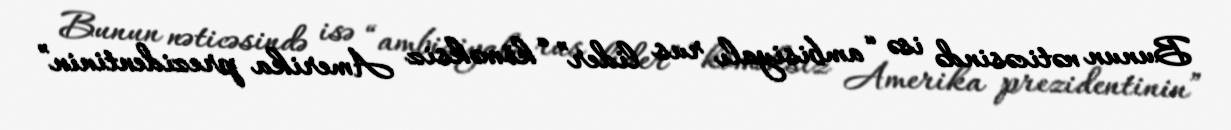
Bunun nəticəsində isə “ambisiyalı rus lider” “köməksiz Amerika prezidentinin”